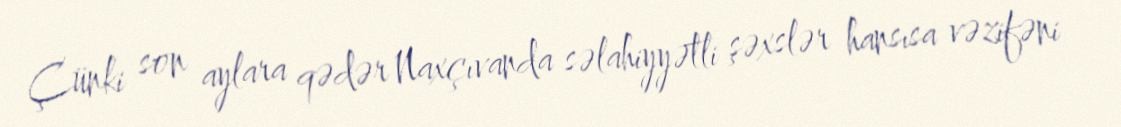
Çünki son aylara qədər Naxçıvanda səlahiyyətli şəxslər hansısa vəzifəni